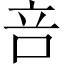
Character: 咅